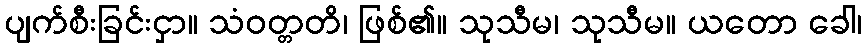
ပျက်စီးခြင်းငှာ။ သံဝတ္တတိ၊ ဖြစ်၏။ သုသီမ၊ သုသီမ။ ယတော ခေါ၊